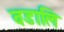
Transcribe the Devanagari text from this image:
वडालि